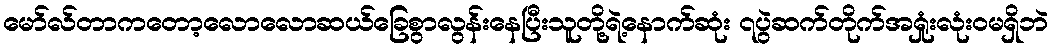
မော်လ်တာကတော့လောလောဆယ်ခြေစွာလွန်းနေပြီးသူတို့ရဲ့နောက်ဆုံး ၇ပွဲဆက်တိုက်အရှုံးလုံးဝမရှိဘဲ